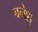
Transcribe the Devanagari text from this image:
बनेश्